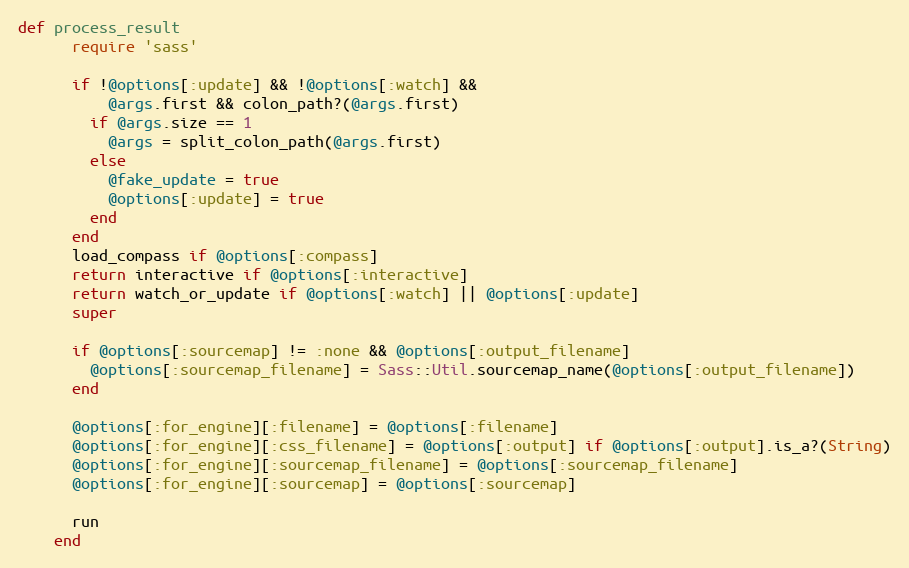
Language: Ruby
def process_result
      require 'sass'

      if !@options[:update] && !@options[:watch] &&
          @args.first && colon_path?(@args.first)
        if @args.size == 1
          @args = split_colon_path(@args.first)
        else
          @fake_update = true
          @options[:update] = true
        end
      end
      load_compass if @options[:compass]
      return interactive if @options[:interactive]
      return watch_or_update if @options[:watch] || @options[:update]
      super

      if @options[:sourcemap] != :none && @options[:output_filename]
        @options[:sourcemap_filename] = Sass::Util.sourcemap_name(@options[:output_filename])
      end

      @options[:for_engine][:filename] = @options[:filename]
      @options[:for_engine][:css_filename] = @options[:output] if @options[:output].is_a?(String)
      @options[:for_engine][:sourcemap_filename] = @options[:sourcemap_filename]
      @options[:for_engine][:sourcemap] = @options[:sourcemap]

      run
    end